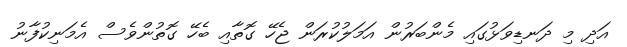
އަދި މި ދަނޑިވަޅުގައި މެންބަރުން އަމަލުކުރަން ޖެހޭ ގޮތާއި ބެހޭ ގޮތުންވެސް އެމަނިކުފާނު